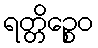
ရတ္တိဉ္စေဝ